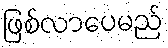
ဖြစ်လာပေမည်